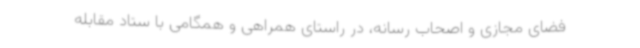
فضای مجازی و اصحاب رسانه، در راستای همراهی و همگامی با ستاد مقابله